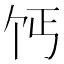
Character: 𫡔